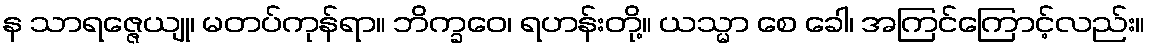
န သာရဇ္ဇေယျု၊ မတပ်ကုန်ရာ။ ဘိက္ခဝေ၊ ရဟန်းတို့။ ယသ္မာ စေ ခေါ၊ အကြင်ကြောင့်လည်း။